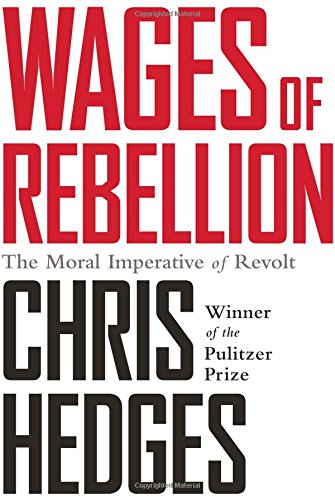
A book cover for Wages of Rebellion; Chris Hedges; Politics & Social Sciences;